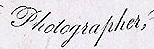
Photographer,